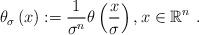
LaTeX: \begin{align*}\theta_{\sigma}\left( x\right) :=\frac{1}{\sigma^{n}}\theta\left( \frac{x}{\sigma}\right) ,x\in\mathbb{R}^{n}~. \end{align*}